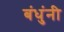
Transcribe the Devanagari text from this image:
बंधुंनी